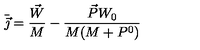
\bar { \vec { \jmath } } = \frac { \vec { W } } { M } - \frac { \vec { P } W _ { 0 } } { M ( M + P ^ { 0 } ) }